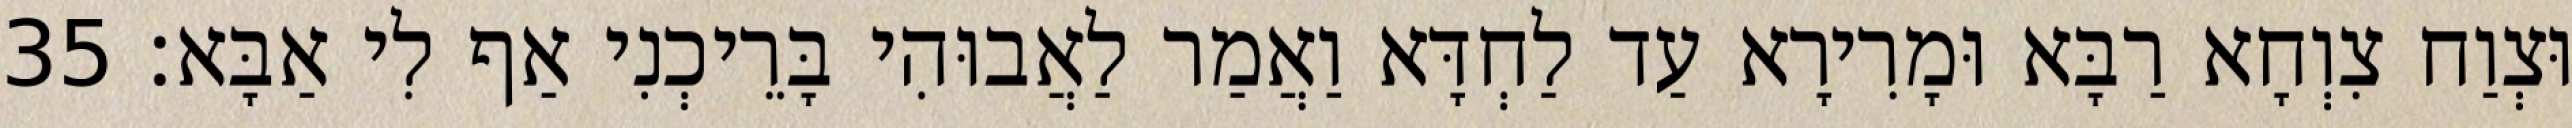
וּצְוַח צִוְחָא רַבָּא וּמָרִירָא עַד לַחְדָּא וַאֲמַר לַאֲבוּהִי בָּרֵיכְנִי אַף לִי אַבָּא׃ 35